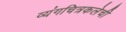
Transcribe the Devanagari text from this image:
व्यंगचित्रकलेची